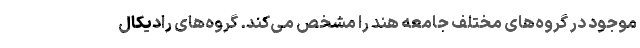
موجود در گروه‌های مختلف جامعه هند را مشخص می‌کند. گروه‌های رادیکال